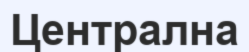
Централна